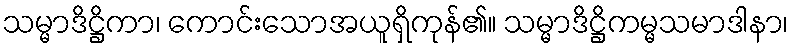
သမ္မာဒိဋ္ဌိကာ၊ ကောင်းသောအယူရှိကုန်၏။ သမ္မာဒိဋ္ဌိကမ္မသမာဒါနာ၊